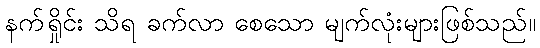
နက်ရှိုင်း သိရ ခက်လာ စေသော မျက်လုံးများဖြစ်သည်။